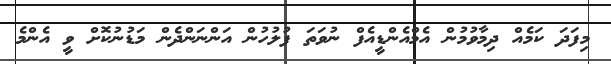
މިފަދަ ކަމެއް ދިމާވުމުން އެމްއެންޑީއެފް ނުވަތަ ފުލުހުން އަންނަންދެން މަޑުނުކޮށް ވީ އެންމެ